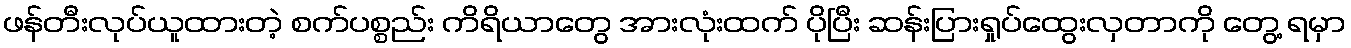
ဖန်တီးလုပ်ယူထားတဲ့ စက်ပစ္စည်း ကိရိယာတွေ အားလုံးထက် ပိုပြီး ဆန်းပြားရှုပ်ထွေးလှတာကို တွေ့ ရမှာ